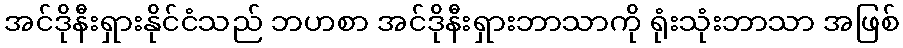
အင်ဒိုနီးရှားနိုင်ငံသည် ဘဟစာ အင်ဒိုနီးရှားဘာသာကို ရုံးသုံးဘာသာ အဖြစ်